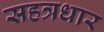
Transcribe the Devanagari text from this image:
सहत्रधार